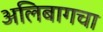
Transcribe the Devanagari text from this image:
अलिबागचा